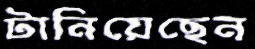
টানিয়েছেন